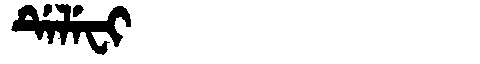
Manchu: ᡩᡝᠯᡝᠸᡳ
Romanization: DELEFI